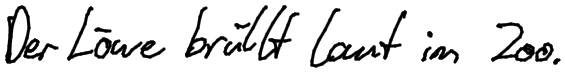
Der Löwe brüllt laut im Zoo.